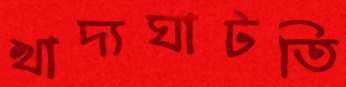
খাদ্যঘাটতি